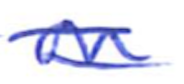
Text: on
Cross-out: mix
Writing tool: ballpoint